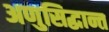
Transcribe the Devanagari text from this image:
अणुसिद्धान्त